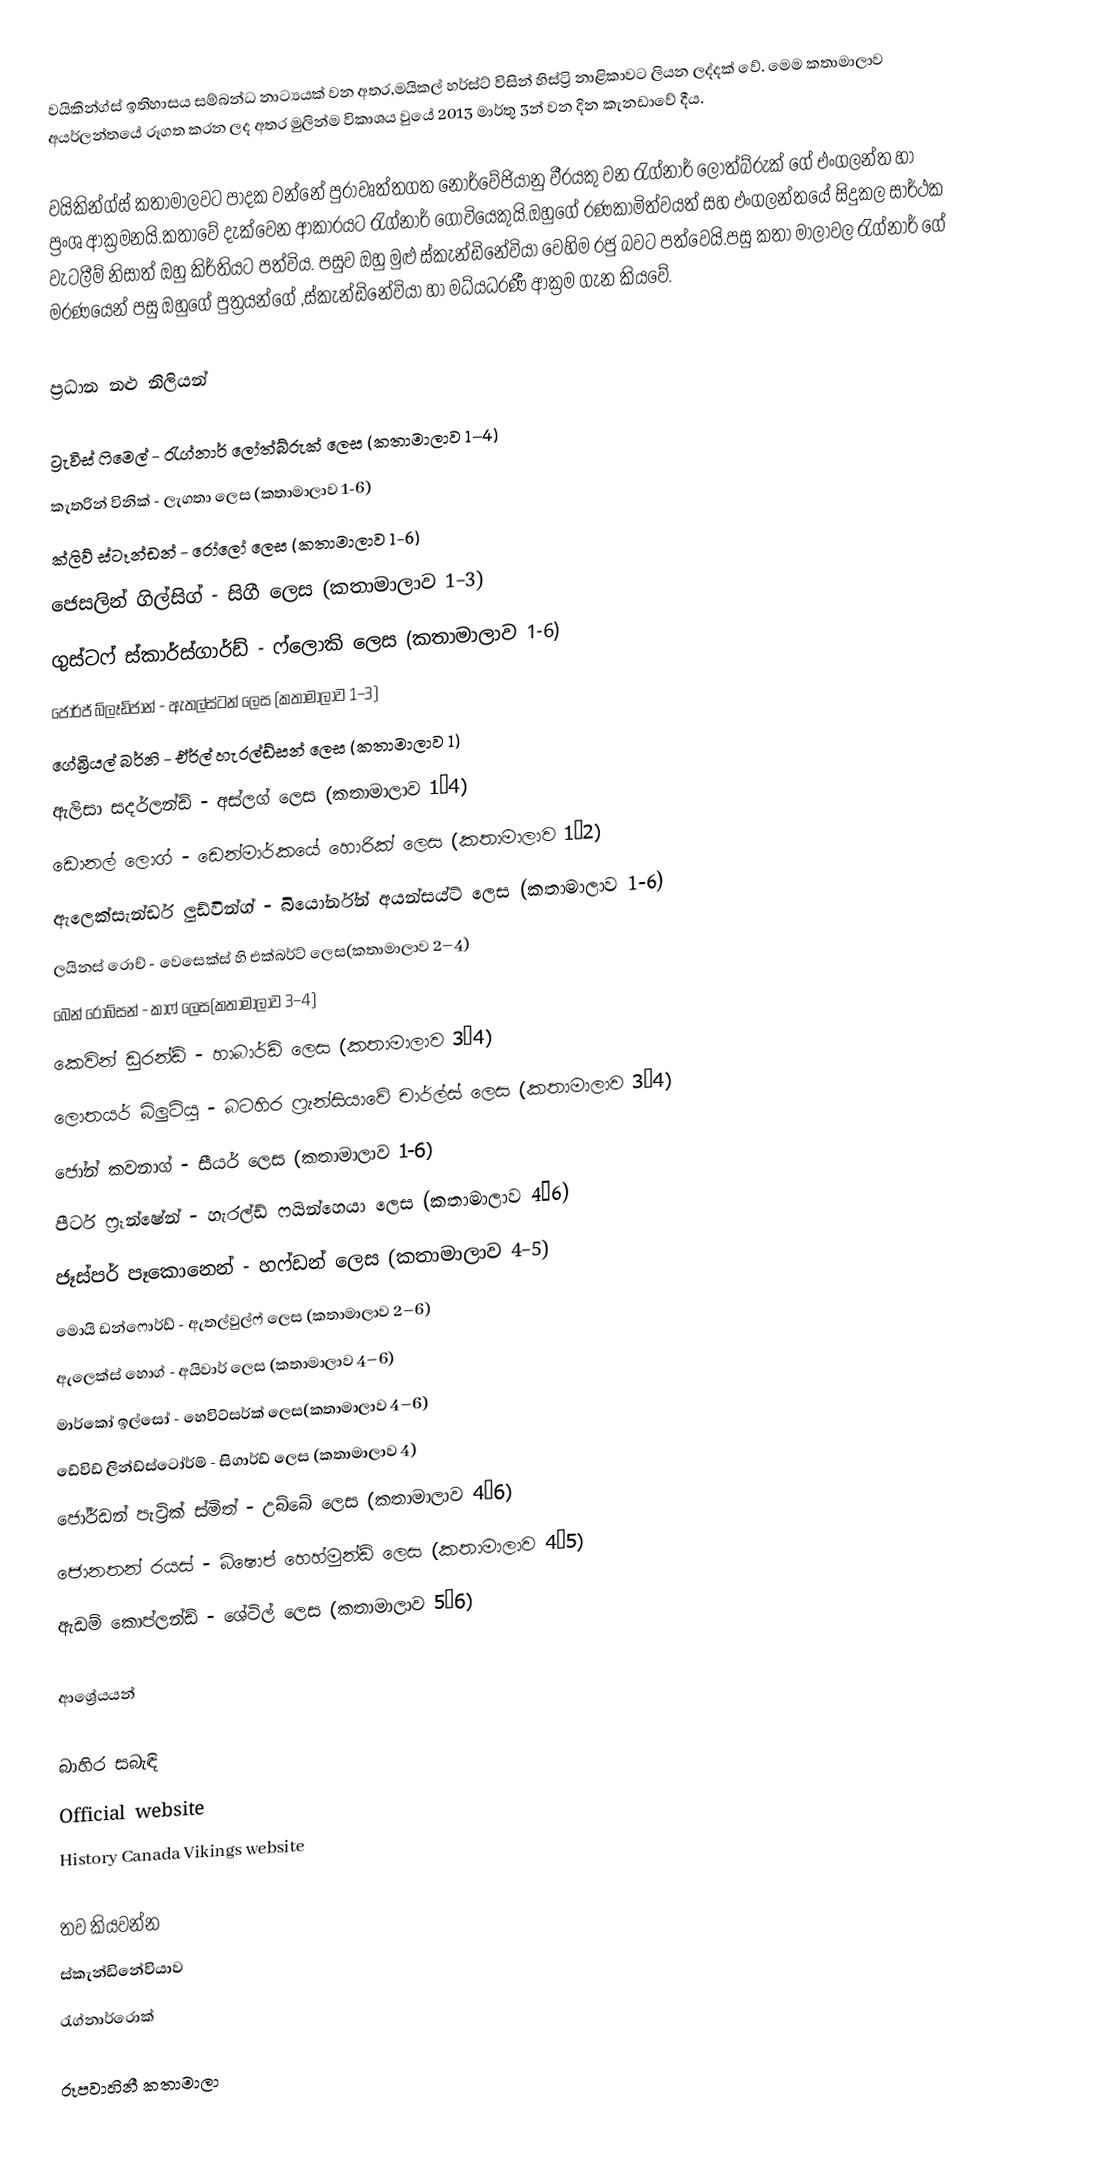
වයිකින්ග්ස් ඉතිහාසය සම්බන්ධ නාට්‍යයක් වන අතර,මයිකල් හර්ස්ට් විසින් හිස්ට්‍රි නාළිකාවට ලියන ලද්දක්  වේ. මෙම කතාමාලාව අයර්ලන්තයේ රූගත කරන ලද අතර මුලින්ම විකාශය වුයේ   2013 මාර්තු 3න් වන දින කැනඩාවේ දීය.

වයිකින්ග්ස් කතාමාලවට පාදක වන්නේ පුරාවෘත්තගත නෝර්වේජියානු වීරයකු වන රැග්නාර් ලොත්බ්රුක් ගේ එංගලන්ත හා ප්‍රංශ ආක්‍රමනයි.කතාවේ දැක්වෙන ආකාරයට රැග්නාර් ගොවියෙකුයි.ඔහුගේ රණකාමිත්වයත් සහ එංගලන්තයේ සිදුකල සාර්ථක වැටලීම් නිසාත් ඔහු කිර්තියට පත්විය. පසුව ඔහු මුළු ස්කැන්ඩිනේවියා වෙහිම රජු බවට පත්වෙයි.පසු කතා මාලාවල රැග්නාර් ගේ මරණයෙන් පසු ඔහුගේ පුත්‍රයන්ගේ ,ස්කැන්ඩිනේවියා හා මධ්යධරණී ආක්‍රම ගැන කියවේ.

ප්‍රධාන නළු නිලියන්

 ට්‍රැවිස් ෆිමෙල් - රැග්නාර් ලෝත්බ්රුක් ලෙස (කතාමාලාව 1–4)
 කැතරින් විනික් - ලැගතා ලෙස (කතාමාලාව 1-6)
 ක්ලිව් ස්ටෑන්ඩන් - රෝලෝ ලෙස (කතාමාලාව 1-6)
 ජෙසලින් ගිල්සිග් - සිගී ලෙස (කතාමාලාව 1–3)
 ගුස්ටෆ් ස්කාර්ස්ගාර්ඩ් - ෆ්ලොකි ලෙස (කතාමාලාව 1-6)
 ජෝර්ජ් බ්ලෑඩ්ජාන් - ඇතල්ස්ටන් ලෙස (කතාමාලාව 1–3)
 ගේබ්‍රියල් බර්නි - ඒර්ල් හැරල්ඩ්සන් ලෙස (කතාමාලාව 1)
 ඇලිසා සදර්ලන්ඩ් - අස්ලග් ලෙස (කතාමාලාව 1–4)
 ඩොනල් ලොග් - ඩෙන්මාර්කයේ හොරික් ලෙස (කතාමාලාව 1–2)
 ඇලෙක්සැන්ඩර් ලුඩ්වින්ග් - බියෝර්න්න් අයන්සය්ට් ලෙස (කතාමාලාව 1-6)
 ලයිනස් රොච් - වෙසෙක්ස් හි එක්බර්ට් ලෙස(කතාමාලාව 2–4)
 බෙන් රොබ්සන් - කාෆ් ලෙස(කතාමාලාව 3–4)
 කෙවින් ඩුරන්ඩ් - හාබාර්ඩ් ලෙස (කතාමාලාව 3–4)
 ලොතයර් බ්ලුටියු - බටහිර ෆ්‍රැන්සියාවේ චාර්ල්ස් ලෙස (කතාමාලාව 3–4)
 ජෝන් කවනාග් - සීයර් ලෙස (කතාමාලාව 1-6)
 පීටර් ෆ්‍රෑන්ෂේන් - හැරල්ඩ් ෆයින්හෙයා ලෙස (කතාමාලාව 4–6)
 ජෑස්පර් පෑකොනෙන් - හෆ්ඩන් ලෙස (කතාමාලාව 4–5)
 මොයි ඩන්ෆොර්ඩ් - ඇතල්වුල්ෆ් ලෙස (කතාමාලාව 2–6)
 ඇලෙක්ස් හොග් - අයිවාර් ලෙස (කතාමාලාව 4–6)
 මාර්කෝ ඉල්සෝ - හෙවිට්සර්ක් ලෙස(කතාමාලාව 4–6)
 ඩේවිඩ් ලින්ඩ්ස්ටෝර්ම් - සිගාර්ඩ් ලෙස (කතාමාලාව 4)
 ජෝර්ඩන් පැට්‍රික් ස්මිත් - උබ්බේ ලෙස (කතාමාලාව 4–6)
 ජොනතන් රයස් - බිෂොප් හෙහ්මුන්ඩ් ලෙස (කතාමාලාව 4–5)
 ඇඩම් කොප්ලන්ඩ් - ශේටිල් ලෙස (කතාමාලාව 5–6)

ආශ්‍රේයයන්

බාහිර සබැඳි
 Official website
 History Canada Vikings website

තව කියවන්න
 ස්කැන්ඩිනේවියාව
 රැග්නාර්රොක්

රූපවාහිනී කතාමාලා